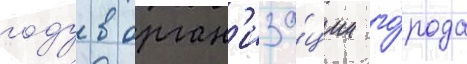
году в орган'иза́ции го́рода